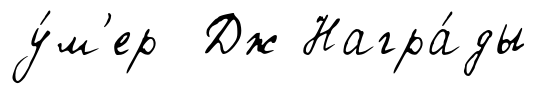
у́м'ер Дж Награ́ды